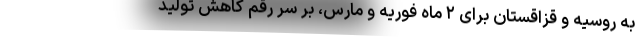
به روسیه و قزاقستان برای ۲ ماه فوریه و مارس، بر سر رقم کاهش تولید